Vaccine operations Central Provinces & Berar 1912-1920 - 1912-1920
Year: 1912
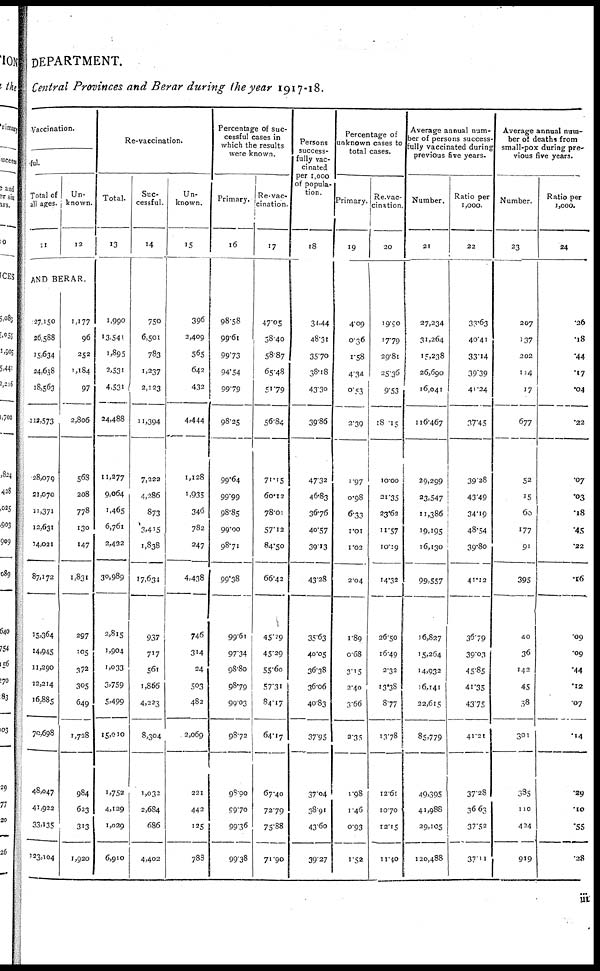
DEPARTMENT.
Central Provinces and Berar during the year 1917-18.
Vaccination.
ful.
Total of
all ages.
11
Un-
known.
12
AND BERAR.
27,150
26,588
15,634
24,638
18,563
112,573
28,079
21,070
11,371
12,631
14,021
87,172
15,364
14,945
11,290
12,214
16,885
70,698
48,047
41,922
33,135
123,104
1,177
96
252
1,184
97
2,806
568
208
778
130
147
1,831
297
105
372
305
649
1,728
984
623
313
1,920
Re-vaccination.
Total.
13
1,990
13,541
1,895
2,531
4,531
24,488
11,277
9,064
1,465
6,761
2,432
30,989
2,815
1,904
1,033
3,759
5,499
15,010
1,752
4,129
1,029
6,910
Suc-
cessful.
14
750
6,501
783
1,237
2,123
11,394
7,222
4,286
873
3,415
1,838
17,634
937
717
561
1,866
4,223
8,304
1,032
2,684
686
4,402
Un-
known.
15
396
2,409
565
642
432
4,444
1,128
1,935
346
782
247
4,438
746
314
24
503
482
2,069
221
442
125
783
Percentage of suc-
cessful cases in
which the results
were known.
Primary.
16
98.58
99.61
99.73
94.54
99.79
98.25
99.64
99.99
98.85
99.00
98.71
99.38
99.61
97.34
98.80
98.79
99.03
98.72
98.90
99.70
99.36
99.38
Re-vac-
cination.
17
47.05
58.40
58.87
65.48
51.79
56.84
71.15
60.12
78.01
57.12
84.50
66.42
45.29
45.29
55.60
57.31
84.17
64.17
67.40
72.79
75.88
71.90
Persons
success-
fully vac-
cinated
per 1,000
of popula-
tion.
18
34.44
48.31
35.70
38.18
43.30
39.86
47.32
46.83
36.76
40.57
39.13
43.28
35.63
40.05
36.38
36.06
40.83
37.95
37.04
38.91
43.60
39.27
Percentage of
unknown cases to
total cases.
Primary.
19
4.09
0.36
1.58
4.34
0.53
2.39
1.97
0.98
6.33
1.01
1.02
2.04
1.89
0.68
3.15
2.40
3.66
2.35
1.98
1.46
0.93
1.52
Re-vac¬
cination.
20
19.90
17.79
29.81
25.36
9.53
18.15
10.00
21.35
23.62
11.57
10.19
14.32
26.50
16.49
2.32
13.38
8.77
13.78
12.61
10.70
12.15
11.40
Average annual num-
ber of persons success-
fully vaccinated during
previous five years.
Number.
21
27,234
31,264
15,238
26,690
16,041
116.467
29,299
23,547
11,386
19,195
16,130
99,557
16,827
15,264
14,932
16,141
22,615
85,779
49,395
41,988
29,105
120,488
Ratio per
1,000.
22
33.63
40.41
33.14
39.39
41.24
37.45
39.28
43.49
34.19
48.54
39.80
41.12
36.79
39.03
45.85
41.35
43.75
41.21
37.28
36.63
37.52
37.11
Average annual num-
ber of deaths from
small-pox during pre-
vious five years.
Number.
23
207
137
202
114
17
677
52
15
60
177
91
395
40
36
142
45
38
301
385
110
424
919
Ratio per
1,000.
24
.26
.18
.44
.17
.04
.22
.07
.03
.18
.45
.22
.16
.09
.09
.44
.12
.07
.14
.29
.10
.55
.28
iii